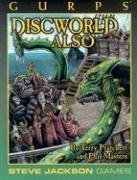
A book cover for GURPS Discworld Also (Gurps Series: Generic Universal Roleplaying System); Phil Masters; Science Fiction & Fantasy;